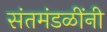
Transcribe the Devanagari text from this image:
संतमंडळींनी